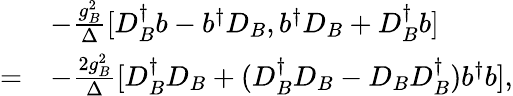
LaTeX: \begin{array}{rl}&{-\frac{g_{B}^{2}}{\Delta}[D_{B}^{\dagger}b-b^{\dagger}D_{B},b^{\dagger}D_{B}+D_{B}^{\dagger}b]}\\ {=}&{-\frac{2g_{B}^{2}}{\Delta}[D_{B}^{\dagger}D_{B}+(D_{B}^{\dagger}D_{B}-D_{B}D_{B}^{\dagger})b^{\dagger}b],}\end{array}